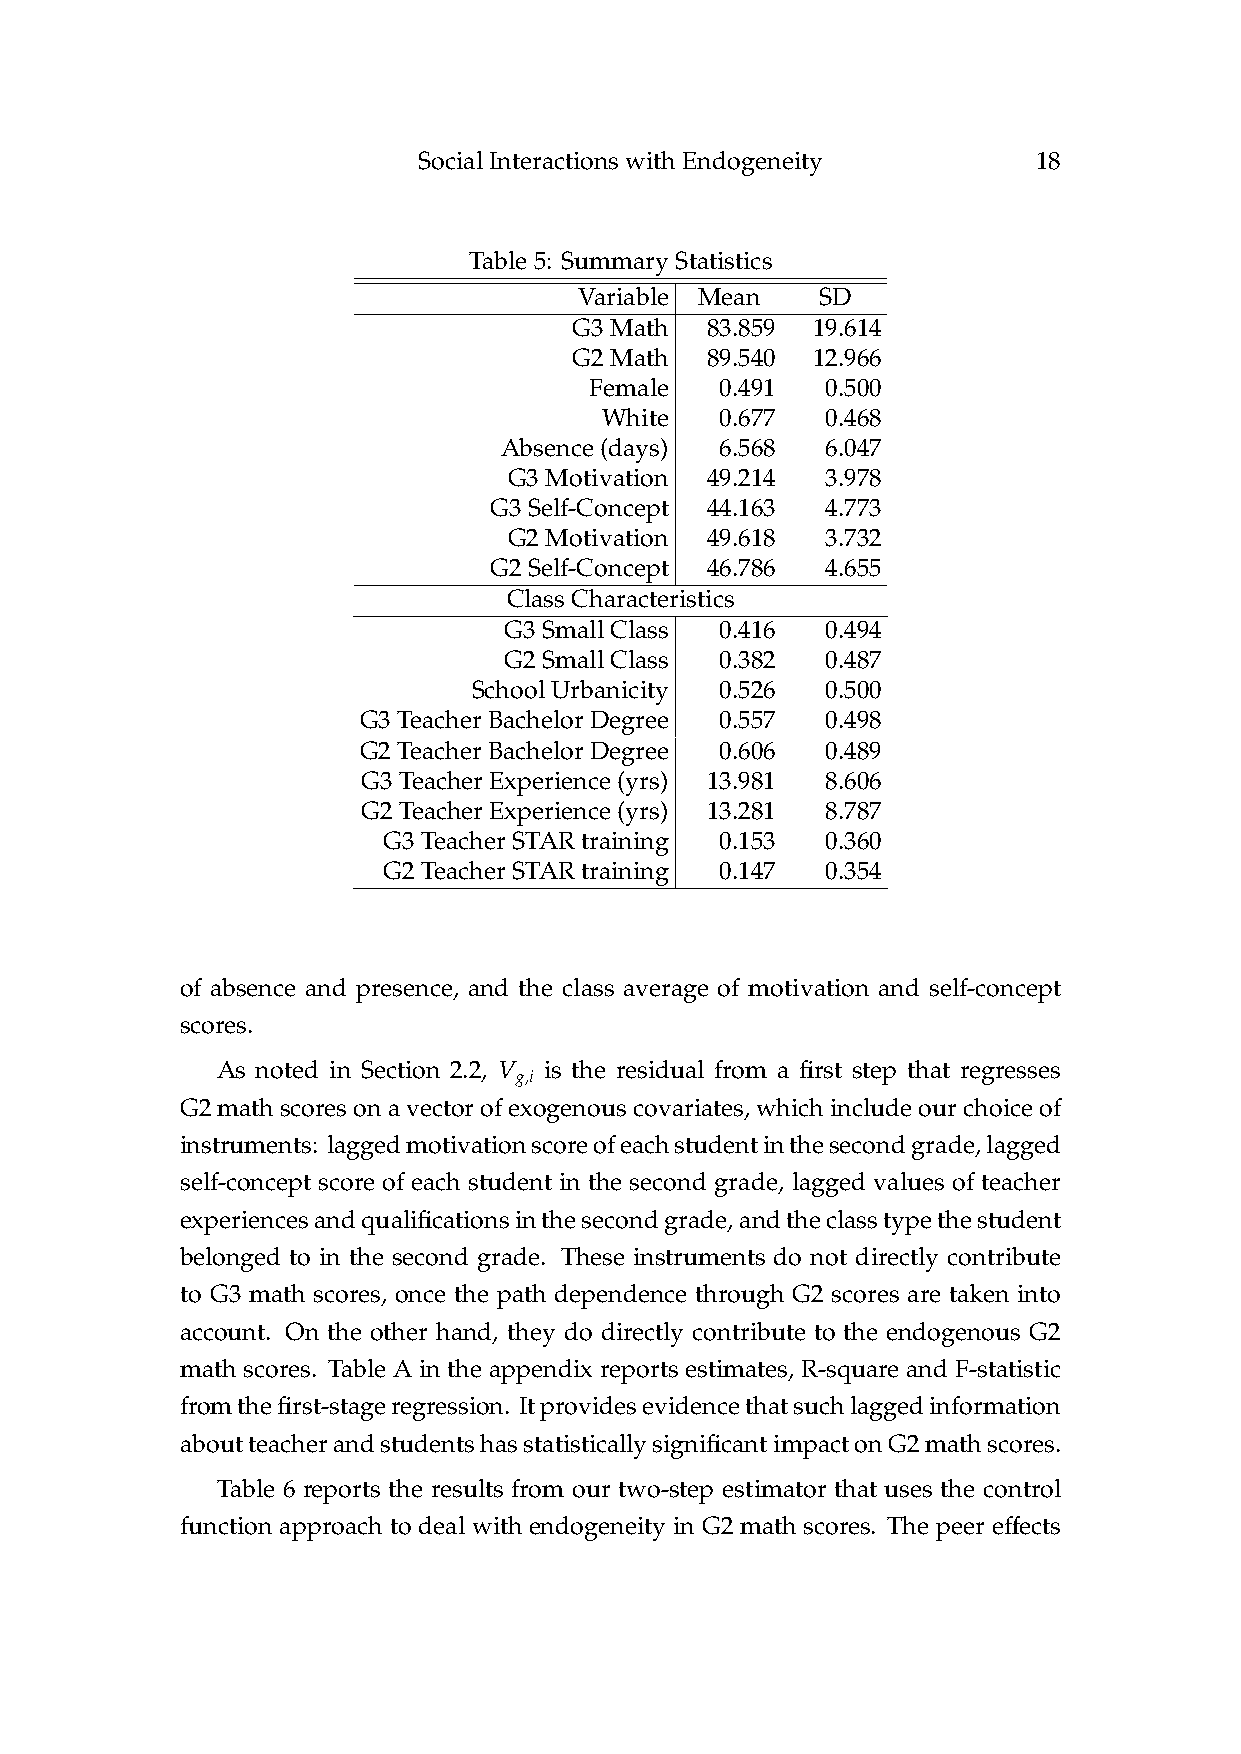
SocialInteractionswithEndogeneity        18
 Table5: SummaryStatistics
 Variable Mean   SD
 .      .
 G3Math   83859  19614
 .      .
 G2Math   89540  12966
 .      .
 Female   0491   0500
 .      .
 White   0677   0468
 .      .
 Absence(days)  6568   6047
 .      .
 G3Motivation 49214   3978
 .      .
 G3Self-Concept 44163   4773
 .      .
 G2Motivation 49618   3732
 .      .
 G2Self-Concept 46786   4655
 ClassCharacteristics
 .      .
 G3SmallClass   0416   0494
 .      .
 G2SmallClass   0382   0487
 .      .
 SchoolUrbanicity 0526   0500
 .      .
 G3TeacherBachelorDegree 0557   0498
 .      .
 G2TeacherBachelorDegree 0606   0489
 .      .
 G3TeacherExperience(yrs) 13981 8606
 .      .
 G2TeacherExperience(yrs) 13281 8787
 .      .
 G3TeacherSTARtraining  0153   0360
 .      .
 G2TeacherSTARtraining  0147   0354
 of absence and presence, and the class average of motivation and self-concept
 scores.
 As noted in Section 2.2, V g,i is the residual from a first step that regresses
 G2mathscoresonavectorofexogenouscovariates,whichincludeourchoiceof
 instruments: laggedmotivationscoreofeachstudentinthesecondgrade,lagged
 self-concept score of each student in the second grade, lagged values of teacher
 experiencesandqualificationsinthesecondgrade,andtheclasstypethestudent
 belonged to in the second grade. These instruments do not directly contribute
 to G3 math scores, once the path dependence through G2 scores are taken into
 account. On the other hand, they do directly contribute to the endogenous G2
 math scores. Table A in the appendix reports estimates, R-square and F-statistic
 fromthefirst-stageregression. Itprovidesevidencethatsuchlaggedinformation
 aboutteacherandstudentshasstatisticallysignificantimpactonG2mathscores.
 Table 6 reports the results from our two-step estimator that uses the control
 ff
 function approach to deal with endogeneity in G2 math scores. The peer e ects